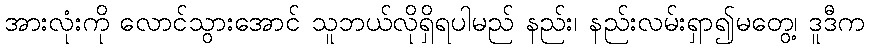
အားလုံးကို လောင်သွားအောင် သူဘယ်လိုရှိရပါမည် နည်း၊ နည်းလမ်းရှာ၍မတွေ့၊ ဒူဒီက